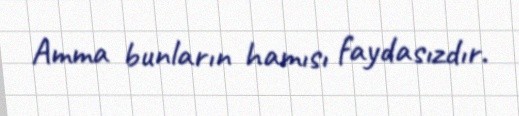
Amma bunların hamısı faydasızdır.